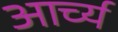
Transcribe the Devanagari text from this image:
आर्च्य